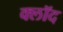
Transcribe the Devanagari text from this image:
क्लॉद